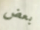
بعض